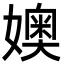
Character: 㜩